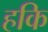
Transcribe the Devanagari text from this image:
हकि